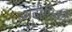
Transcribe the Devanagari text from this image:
प्रोद्दोगिकी